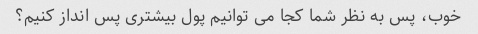
خوب، پس به نظر شما کجا می توانیم پول بیشتری پس انداز کنیم؟